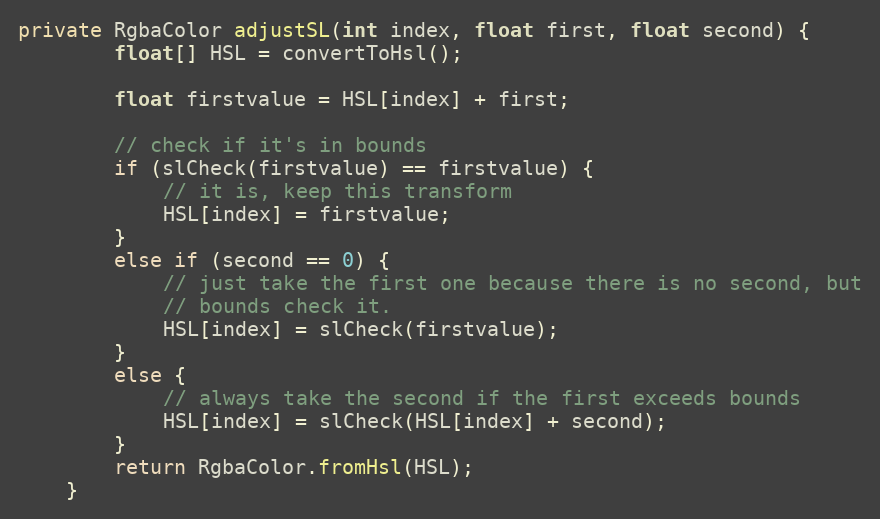
Language: Java
private RgbaColor adjustSL(int index, float first, float second) {
        float[] HSL = convertToHsl();

        float firstvalue = HSL[index] + first;

        // check if it's in bounds
        if (slCheck(firstvalue) == firstvalue) {
            // it is, keep this transform
            HSL[index] = firstvalue;
        }
        else if (second == 0) {
            // just take the first one because there is no second, but
            // bounds check it.
            HSL[index] = slCheck(firstvalue);
        }
        else {
            // always take the second if the first exceeds bounds
            HSL[index] = slCheck(HSL[index] + second);
        }
        return RgbaColor.fromHsl(HSL);
    }